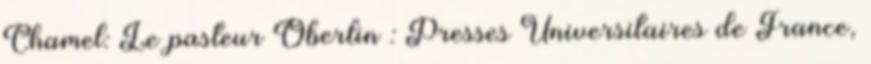
Chamel: Le pasteur Oberlin : Presses Universitaires de France,